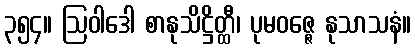
၃၅၄။ ဩဝါဒေါ စာနုသိဋ္ဌိတ္ထီ၊ ပုမဝဇ္ဇေ နုသာသနံ။